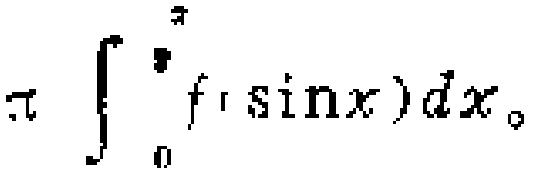
$\pi\int_{0}^{\pi}f(\sin x)dx$